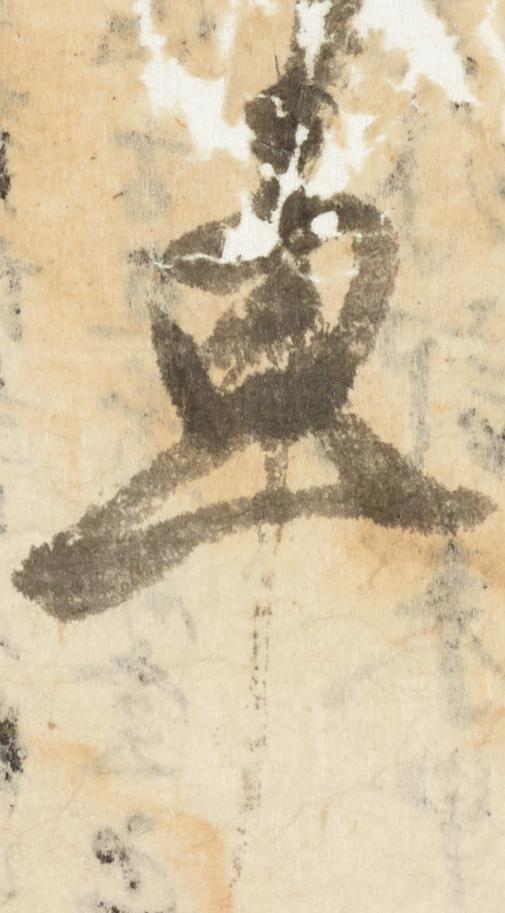
車